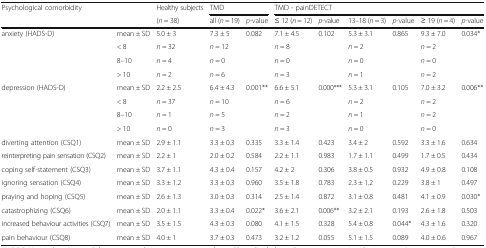
<table><thead><tr><td rowspan="2" colspan="2"><b>Psychological comorbidity</b></td><td><b>Healthy subjects</b></td><td colspan="2"><b>TMD</b></td><td colspan="6"><b>TMD - painDETECT</b></td></tr><tr><td><b>(<i>n</i> = 38)</b></td><td><b>all (<i>n</i> = 19)</b></td><td><b><i>p</i>-value</b></td><td><b>≤ 12 (<i>n</i> = 12)</b></td><td><b><i>p</i>-value</b></td><td><b>13–18 (<i>n</i> = 3)</b></td><td><b><i>p</i>-value</b></td><td><b>≥ 19 (<i>n</i> = 4)</b></td><td><b><i>p</i>-value</b></td></tr></thead><tbody><tr><td rowspan="4">anxiety (HADS-D)</td><td>mean ± SD</td><td>5.0 ± 3</td><td>7.3 ± 5</td><td>0.082</td><td>7.1 ± 4.5</td><td>0.102</td><td>5.3 ± 3.1</td><td>0.865</td><td>9.3 ± 7.0</td><td>0.034*</td></tr><tr><td>&lt; 8</td><td><i>n</i> = 32</td><td><i>n</i> = 12</td><td></td><td><i>n</i> = 8</td><td></td><td><i>n</i> = 2</td><td></td><td><i>n</i> = 2</td><td></td></tr><tr><td>8–10</td><td><i>n</i> = 4</td><td><i>n</i> = 0</td><td></td><td><i>n</i> = 0</td><td></td><td><i>n</i> = 0</td><td></td><td><i>n</i> = 0</td><td></td></tr><tr><td>&gt; 10</td><td><i>n</i> = 2</td><td><i>n</i> = 6</td><td></td><td><i>n</i> = 3</td><td></td><td><i>n</i> = 1</td><td></td><td><i>n</i> = 2</td><td></td></tr><tr><td rowspan="4">depression (HADS-D)</td><td>mean ± SD</td><td>2.2 ± 2.5</td><td>6.4 ± 4.3</td><td>0.001**</td><td>6.6 ± 5.1</td><td>0.000***</td><td>5.3 ± 3.1</td><td>0.105</td><td>7.0 ± 3.2</td><td>0.006**</td></tr><tr><td>&lt; 8</td><td><i>n</i> = 37</td><td><i>n</i> = 10</td><td></td><td><i>n</i> = 6</td><td></td><td><i>n</i> = 2</td><td></td><td><i>n</i> = 2</td><td></td></tr><tr><td>8–10</td><td><i>n</i> = 1</td><td><i>n</i> = 5</td><td></td><td><i>n</i> = 2</td><td></td><td><i>n</i> = 1</td><td></td><td><i>n</i> = 2</td><td></td></tr><tr><td>&gt; 10</td><td><i>n</i> = 0</td><td><i>n</i> = 3</td><td></td><td><i>n</i> = 3</td><td></td><td><i>n</i> = 0</td><td></td><td><i>n</i> = 0</td><td></td></tr><tr><td>diverting attention (CSQ1)</td><td>mean ± SD</td><td>2.9 ± 1.1</td><td>3.3 ± 0.3</td><td>0.335</td><td>3.3 ± 1.4</td><td>0.423</td><td>3.4 ± 2</td><td>0.592</td><td>3.3 ± 1.6</td><td>0.634</td></tr><tr><td>reinterpreting pain sensation (CSQ2)</td><td>mean ± SD</td><td>2.2 ± 1</td><td>2.0 ± 0.2</td><td>0.584</td><td>2.2 ± 1.1</td><td>0.983</td><td>1.7 ± 1.1</td><td>0.499</td><td>1.7 ± 0.5</td><td>0.434</td></tr><tr><td>coping self-statement (CSQ3)</td><td>mean ± SD</td><td>3.7 ± 1.1</td><td>4.3 ± 0.4</td><td>0.157</td><td>4.2 ± 2</td><td>0.306</td><td>3.8 ± 0.5</td><td>0.932</td><td>4.9 ± 0.8</td><td>0.108</td></tr><tr><td>ignoring sensation (CSQ4)</td><td>mean ± SD</td><td>3.3 ± 1.2</td><td>3.3 ± 0.3</td><td>0.960</td><td>3.5 ± 1.8</td><td>0.783</td><td>2.3 ± 1.2</td><td>0.229</td><td>3.8 ± 1</td><td>0.497</td></tr><tr><td>praying and hoping (CSQ5)</td><td>mean ± SD</td><td>2.6 ± 1.3</td><td>3.0 ± 0.3</td><td>0.314</td><td>2.5 ± 1.4</td><td>0.872</td><td>3.1 ± 0.8</td><td>0.481</td><td>4.1 ± 0.9</td><td>0.030*</td></tr><tr><td>catastrophizing (CSQ6)</td><td>mean ± SD</td><td>2.0 ± 1.1</td><td>3.3 ± 0.4</td><td>0.022*</td><td>3.6 ± 2.1</td><td>0.006**</td><td>3.2 ± 2.1</td><td>0.193</td><td>2.6 ± 1.8</td><td>0.503</td></tr><tr><td>increased behaviour activities (CSQ7)</td><td>mean ± SD</td><td>3.5 ± 1.5</td><td>4.3 ± 0.3</td><td>0.080</td><td>4.1 ± 1.5</td><td>0.328</td><td>5.4 ± 0.8</td><td>0.044*</td><td>4.3 ± 1.6</td><td>0.320</td></tr><tr><td>pain behaviour (CSQ8)</td><td>mean ± SD</td><td>4.0 ± 1</td><td>3.7 ± 0.3</td><td>0.473</td><td>3.2 ± 1.2</td><td>0.055</td><td>5.1 ± 1.5</td><td>0.089</td><td>4.0 ± 0.6</td><td>0.967</td></tr></tbody></table>